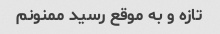
تازه و به موقع رسید ممنونم